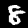
Label: 8